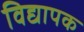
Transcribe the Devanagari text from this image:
विद्यापक